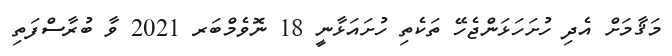
މަޤާމަށް އެދި ހުށަހަޅަންޖެހޭ ތަކެތި ހުށައަޅާނީ 18 ނޮވެމްބަރ 2021 ވާ ބުރާސްފަތި